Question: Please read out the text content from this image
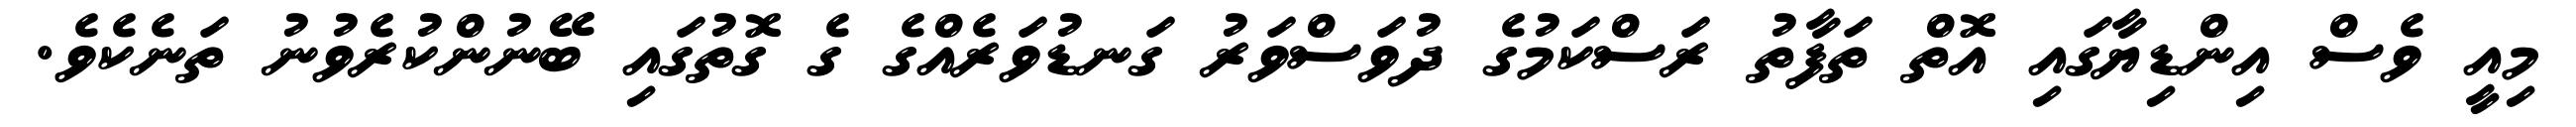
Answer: މިއީ ވެސް އިންޑިޔާގައި އޮތް ތަފާތު ރަސްކަމުގެ ދުވަސްވަރު ގަނޑުވަރެއްގެ ގެ ގޮތުގައި ބޭނުންކުރެވުނު ތަނެކެވެ.